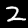
Label: 2